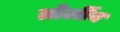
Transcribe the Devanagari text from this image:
तोर्लीव